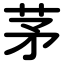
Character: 茅